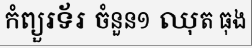
កំព្យួរទ័រ ចំនួន១ ឈុត ធុង